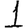
Digit: 1